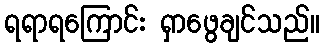
ရရာရကြောင်း ရှာဖွေချင်သည်။